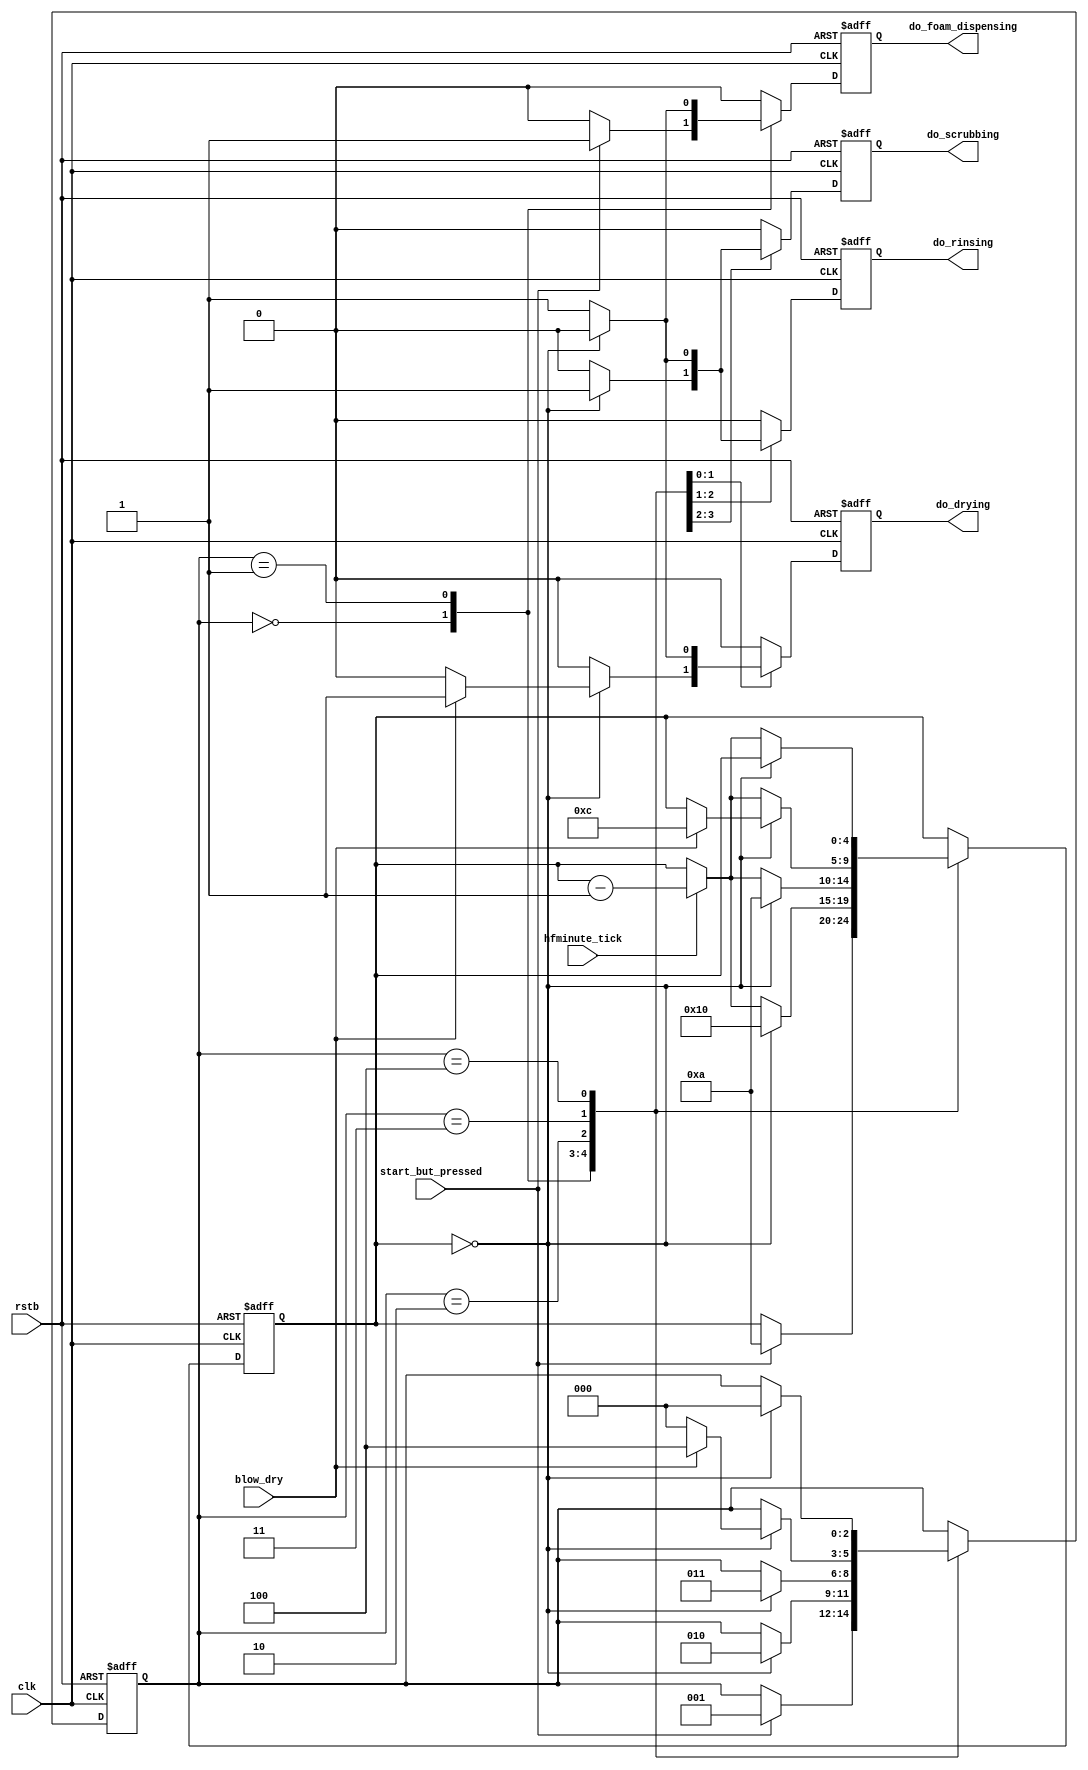
module dishwash_stm
		(clk,
		rstb,
		start_but_pressed,
		hfminute_tick,
		blow_dry,
		do_foam_dispensing,
		do_scrubbing,
		do_rinsing,
		do_drying);
input clk;
input rstb;
input start_but_pressed;
input hfminute_tick;
input blow_dry;
output do_foam_dispensing;
output do_scrubbing;
output do_rinsing;
output do_drying;

localparam IDLE = 3'd0,
FOAM = 3'd1,
SCRUB = 3'd2,
RINSE = 3'd3,
BLOWDRY = 3'd4;

parameter FOAM_DURATION =10,
	SCRUB_DURATION =16,
	RINSE_DURATION = 10,
	BLOWDRY_DURATION = 12;

reg [2:0] dw_state,dw_state_nxt;
reg [4:0] minutes_timer,minutes_timer_nxt;
reg do_foam_dispensing,do_foam_dispensing_nxt;
reg do_scrubbing,do_scrubbing_nxt;
reg do_rinsing,do_rinsing_nxt;
reg do_drying,do_drying_nxt;
wire foam_done,scrub_done;
wire rinse_done,blowdry_done;
wire timer_expired;
wire [4:0] minutes_timer_minus_one;

assign timer_expired = (minutes_timer == 'd0);
assign foam_done = timer_expired;
assign scrub_done = timer_expired;
assign rinse_done = timer_expired;
assign blowdry_done = timer_expired;
assign minutes_timer_minus_one = minutes_timer-1'b1;

always@(*)
begin
	//assign all default values here
	dw_state_nxt = dw_state;
	minutes_timer_nxt = minutes_timer;
	do_foam_dispensing_nxt = 1'b0;
	do_scrubbing_nxt = 1'b0;
	do_rinsing_nxt = 1'b0;
	do_drying_nxt = 1'b0;

	case(dw_state)

	IDLE:
	begin
		if(start_but_pressed)
		begin
			dw_state_nxt = FOAM;
			do_foam_dispensing_nxt = 1'b1;
			minutes_timer_nxt = FOAM_DURATION;
		end
	end

	FOAM:
	begin
		if(foam_done)
		begin
			do_foam_dispensing_nxt = 1'b0;
			dw_state_nxt = SCRUB;
			do_scrubbing_nxt = 1'b1;
			minutes_timer_nxt = SCRUB_DURATION;
		end
		else
		begin
			do_foam_dispensing_nxt = 1'b1;
			if(hfminute_tick)
				minutes_timer_nxt = minutes_timer_minus_one;
		end
	end

	SCRUB:
	begin
		if(scrub_done)
		begin
			do_scrubbing_nxt = 1'b0;
			dw_state_nxt = RINSE;
			do_rinsing_nxt = 1'b1;
			minutes_timer_nxt = RINSE_DURATION;
		end
		else
		begin
			do_scrubbing_nxt = 1'b1;
			if(hfminute_tick) 
				minutes_timer_nxt = minutes_timer_minus_one;
		end
	end

	RINSE:
	begin
		if(rinse_done)
		begin
			do_rinsing_nxt = 1'b0;
			if(blow_dry)
			begin
				dw_state_nxt = BLOWDRY;
				do_drying_nxt = 1'b1;
				minutes_timer_nxt = BLOWDRY_DURATION;
			end
			else
				dw_state_nxt = IDLE;
		end
		else
		begin
		if(hfminute_tick)
			minutes_timer_nxt = minutes_timer_minus_one;
			do_rinsing_nxt = 1'b1;
		end
	end

	BLOWDRY:
	begin
		if(blowdry_done)
		begin
			do_drying_nxt = 1'b0;
			dw_state_nxt = IDLE;
		end
		else
		begin
			do_drying_nxt = 1'b1;
			if(hfminute_tick)
				minutes_timer_nxt = minutes_timer_minus_one;
		end
	end

	default:begin end
endcase
end

always@(posedge clk or negedge rstb)
begin
	if(!rstb)
	begin
		dw_state <= IDLE;
		minutes_timer <= 'd0;
		do_foam_dispensing <= 1'b0;
		do_scrubbing <= 1'b0;
		do_rinsing <= 1'b0;
		do_drying <= 1'b0;
	end
	else
	begin
		dw_state <= dw_state_nxt;
		minutes_timer <= minutes_timer_nxt;
		do_foam_dispensing <= do_foam_dispensing_nxt;
		do_scrubbing <= do_scrubbing_nxt;
		do_rinsing <= do_rinsing_nxt;
		do_drying <= do_drying_nxt;
	end
end
endmodule